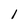
Character: 1